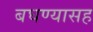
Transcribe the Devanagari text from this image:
बघण्यासह